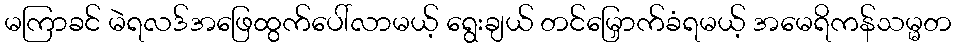
မကြာခင် မဲရလဒ်အဖြေထွက်ပေါ်လာမယ့် ရွေးချယ် တင်မြှောက်ခံရမယ့် အမေရိကန်သမ္မတ